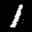
Label: 1